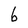
Character: 6